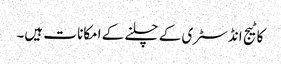
کاٹیج انڈسٹری کے چلنے کے امکانا ت ہیں۔